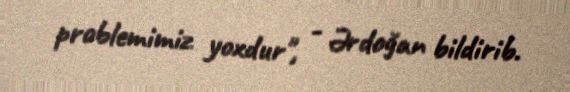
problemimiz yoxdur", - Ərdoğan bildirib.